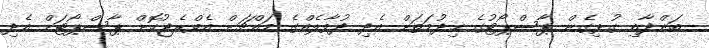
ބަންދާއި ގުޅިގެން ޕާސްޕޯޓުގެ ޚިދުމަތަށް އެދި ދުވާލެއްގެ މައްޗަށް އެވްރެޖުކޮށް ޕާސްޕޯޓަށް އެދި